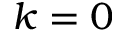
k = 0